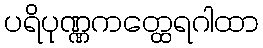
ပရိပုဏ္ဏကတ္ထေရဂါထာ